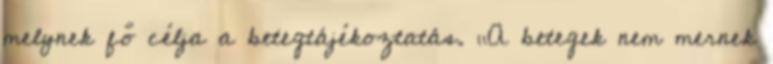
melynek fő célja a betegtájékoztatás. „A betegek nem mernek